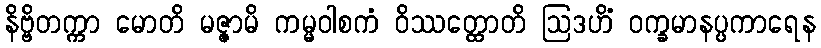
နိဗ္ဗိတက္ကာ မောတိ မဇ္ဇာမိ ကမ္မဝါစကံ ဝိဿတ္ထောတိ ဩဒဟိံ ဝက္ခမာနပ္ပကာရေန